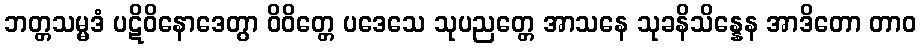
ဘတ္တသမ္မဒံ ပဋိဝိနောဒေတွာ ဝိဝိတ္တေ ပဒေသေ သုပညတ္တေ အာသနေ သုခနိသိန္နေန အာဒိတော တာဝ